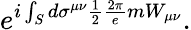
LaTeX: e^{i\int_{S}d\sigma^{\mu\nu}\frac{1}{2}\frac{2\pi}{e}mW_{\mu\nu}}.